Annual report on the health of the army in India
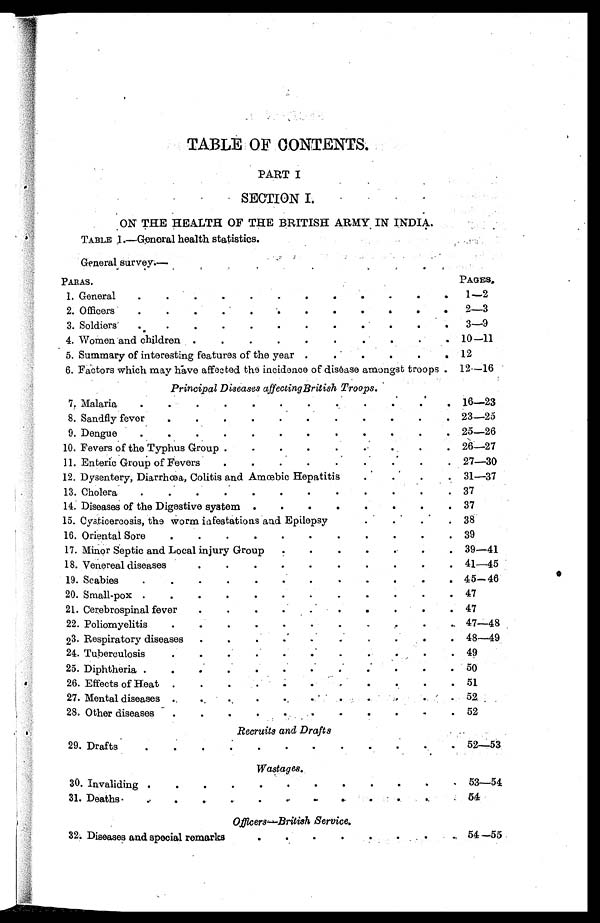
TABLE OF CONTENTS.
PART I
•
SECTION I.
ON THE HEALTH OF THE BRITISH ARMY, IN INDIA.
TABLE 1.–General health statistics.
General survey.—
PARAS.
PAGES.
1. General
1—2
2. Officers
2—3
3. Soldiers
3—9
4. Women and children
10—11
5. Summary of interesting features of the year
12
6. Factors which may have affected the incidence of disease amongst troops
12—16
Principal Diseases affecting British Troops.
7. Malaria
16—23
8. Sandfly fever
23—25
9. Dengue
25—26
10. Fevers of the Typhus Group
26—27
11. Enteric Group of Fevers
27—30
12. Dysentery, Diarrhœa, Colitis and Amoebic Hepatitis
31—37
13. Cholera
37
14. Diseases of the Digestive system
37
15. Cysticercosis, the worm infestations and Epilepsy
3 8
16. Oriental Sore
39
17. Minor Septic and Local injury Group
39—41
18. Venereal diseases
41—45
19. Scabies
45—46
20. Small-pox
47
21. Cerebrospinal fever
47
22. Poliomyelitis
47—48
23. Respiratory diseases
48—49
24. Tuberculosis
49
25. Diphtheria
50
26. Effects of Heat
51
27. Mental diseases
52
28. Other diseases
52
Recruits and Drafts
29. Drafts
52—53
Wastages.
30. Invaliding
53—54
31. Deaths
54
O f f i c e r s
—
B r i t i s h S e r v i c e .
32. Diseases and special remarks.
5 4 — 5 5